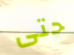
حتى